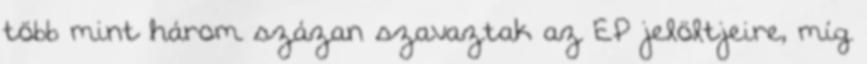
több mint három százan szavaztak az EP jelöltjeire, míg